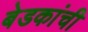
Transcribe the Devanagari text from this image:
बेडकांची